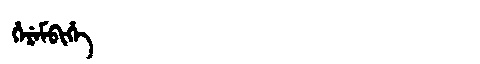
Manchu: ᡥᡝᡵᡝᠮᠪᡳᡥᡝ
Romanization: HEREMBIHE